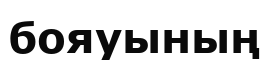
бояуының